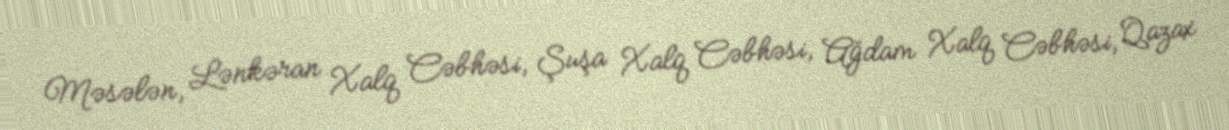
Məsələn, Lənkəran Xalq Cəbhəsi, Şuşa Xalq Cəbhəsi, Ağdam Xalq Cəbhəsi, Qazax